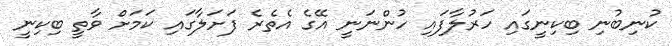
ކުނިބުނި ބިކިނީގައި ހަރުލާފައި ހުންނަނީ އޭގެ އެތެރެ ފަށަލާގައި ކަމަށް ވާތީ ބިކިނީ